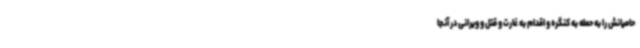
حامیانش را به حمله به کنگره و اقدام به غارت و قتل و ویرانی در آنجا